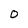
Character: O